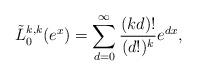
LaTeX: \begin{align*}\tilde{L}_{0}^{k,k}(e^{x})=\sum_{d=0}^{\infty}\frac{(kd)!}{(d!)^{k}}e^{dx},\end{align*}